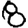
Digit: 8